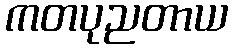
ကတပုညတာယ